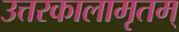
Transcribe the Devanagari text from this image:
उत्तरकालामृतम्